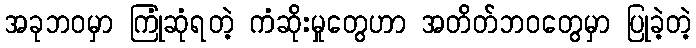
အခုဘဝမှာ ကြုံဆုံရတဲ့ ကံဆိုးမှုတွေဟာ အတိတ်ဘဝတွေမှာ ပြုခဲ့တဲ့